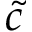
\tilde { c }